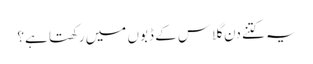
یہ کتنے دن گلاس کے ڈبوں میں رکھتا ہے؟